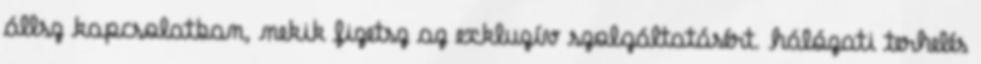
állsz kapcsolatban, nekik fizetsz az exkluzív szolgáltatásért. hálózati terhelés